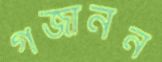
গজানন